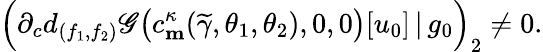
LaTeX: \Big(\partial_{c}d_{(f_{1},f_{2})}\mathscr{G}\big(c_{\mathbf{m}}^{\kappa}(\widetilde{\gamma},\theta_{1},\theta_{2}),0,0\big)[u_{0}]\, |\, g_{0}\Big)_{2}\neq 0.